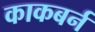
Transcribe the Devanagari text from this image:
काकबर्न